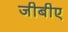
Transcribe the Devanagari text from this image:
जीबीए